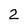
Character: 2